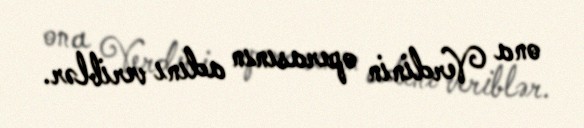
ona Verdinin operasının adını veriblər.